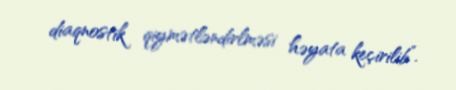
diaqnostik qiymətləndirlməsi həyata keçirilib”.